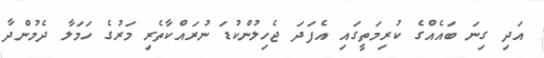
އަދި ގިނަ ބައެއްގެ ކުރިމަތީގައި އެފަދަ ޖެހިލުންކުޑަ ނުރައްކާތެރި މަރުގެ ހަމަލާ ދެމުންދާ